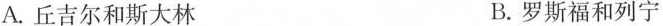
A.丘吉尔和斯大林 B.罗斯福和列宁